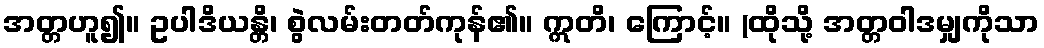
အတ္တဟူ၍။ ဥပါဒိယန္တိ၊ စွဲလမ်းတတ်ကုန်၏။ ဣတိ၊ ကြောင့်။ (ထိုသို့ အတ္တဝါဒမျှကိုသာ